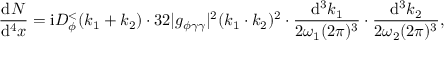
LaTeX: \frac { \mathrm { d } N } { \mathrm { d } ^ { 4 } x } = \mathrm { i } D _ { \phi } ^ { < } ( k _ { 1 } + k _ { 2 } ) \cdot 3 2 | g _ { \phi \gamma \gamma } | ^ { 2 } ( k _ { 1 } \cdot k _ { 2 } ) ^ { 2 } \cdot \frac { \mathrm { d } ^ { 3 } k _ { 1 } } { 2 \omega _ { 1 } ( 2 \pi ) ^ { 3 } } \cdot \frac { \mathrm { d } ^ { 3 } k _ { 2 } } { 2 \omega _ { 2 } ( 2 \pi ) ^ { 3 } } ,